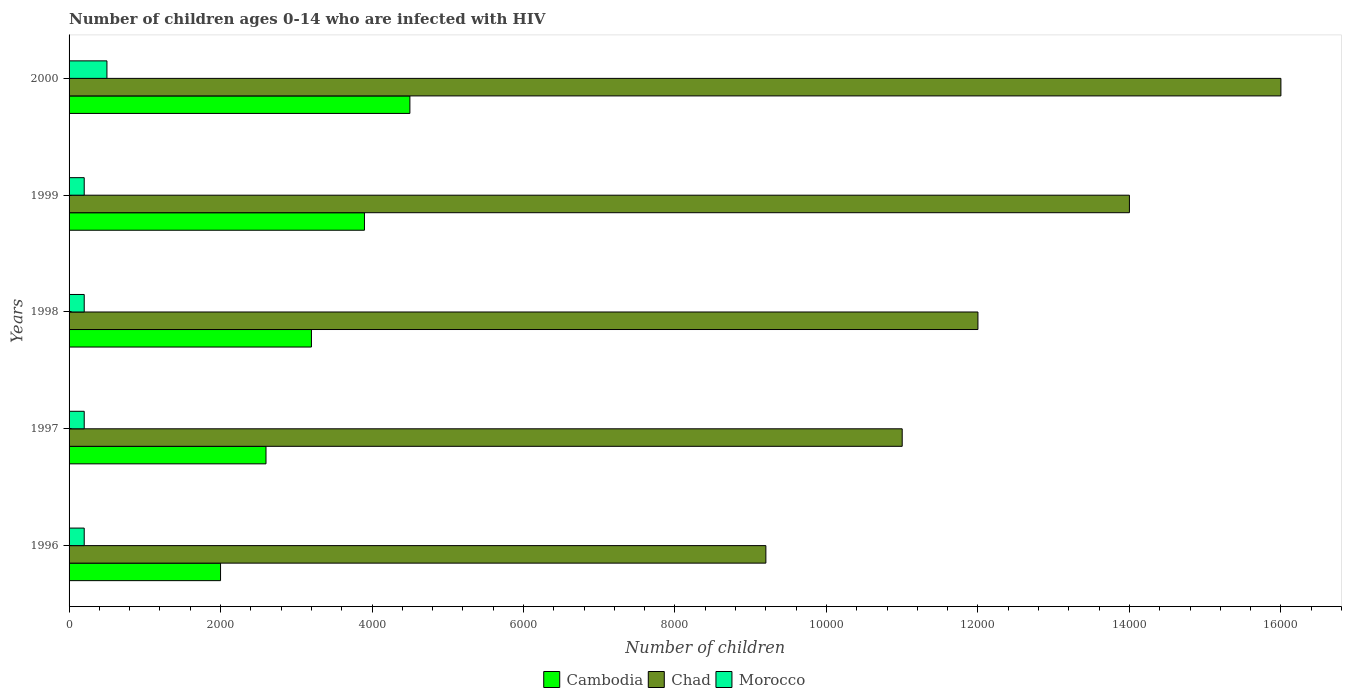
| Years | Cambodia | Chad | Morocco |
 | --- | --- | --- | --- |
 | 1996 | 2e+03 | 9.2e+03 | 200 |
 | 1997 | 2.6e+03 | 1.1e+04 | 200 |
 | 1998 | 3.2e+03 | 1.2e+04 | 200 |
 | 1999 | 3.9e+03 | 1.4e+04 | 200 |
 | 2000 | 4.5e+03 | 1.6e+04 | 500 |